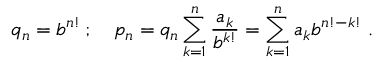
q _ { n } = b ^ { n ! } \, ; \quad p _ { n } = q _ { n } \sum _ { k = 1 } ^ { n } { \frac { a _ { k } } { b ^ { k ! } } } = \sum _ { k = 1 } ^ { n } { a _ { k } } { b ^ { n ! - k ! } } \; .